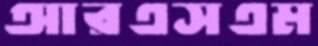
আরএসএম